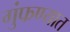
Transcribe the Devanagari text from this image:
गुंफण्यात